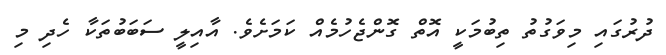
ދުރުގައި މިވަގުތު ތިބުމަކީ އޮތް ގޮންޖެހުމެއް ކަމަށެވެ. އާއިލީ ސަބަބުތަކާ ހެދި މި